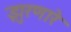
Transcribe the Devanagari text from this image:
झुरणारे